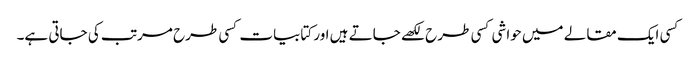
کسی ایک مقالے میں حواشی کسی طرح لکھے جاتے ہیں اور کتابیات کسی طرح مرتب کی جاتی ہے۔